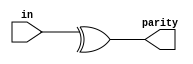
module top_module (
    input [7:0] in,
    output parity); 
//We will use "even" parity, where the parity bit is just the XOR of all 8 data bits 
//to check whether the transmitting data is correct or not
    
    assign parity = ^ in;
endmodule
/*& a[3:0]     // AND: a[3]&a[2]&a[1]&a[0]. Equivalent to (a[3:0] == 4'hf)
| b[3:0]     // OR:  b[3]|b[2]|b[1]|b[0]. Equivalent to (b[3:0] != 4'h0)
^ c[2:0]     // XOR: c[2]^c[1]^c[0]*/